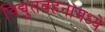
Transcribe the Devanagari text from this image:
विद्युतवहनामध्ये